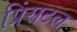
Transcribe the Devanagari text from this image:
प्रिंसटल